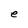
Character: e